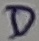
Text: D